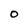
Character: O